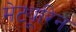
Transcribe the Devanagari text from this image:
मेट्यूरिन